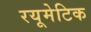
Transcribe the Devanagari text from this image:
रयूमेटिक